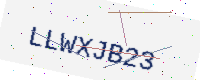
Text: LLWXJB23